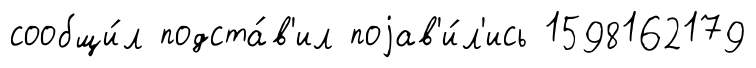
сообщи́л подста́в'ил поjав'и́л'ись 1598162179